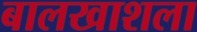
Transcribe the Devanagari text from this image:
बालखाशला